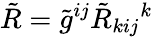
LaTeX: \tilde{R}=\tilde{g}^{ij}\tilde{R}_{kij}{}^{k}